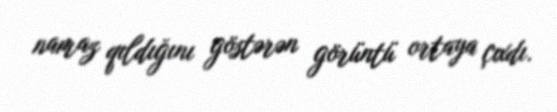
namaz qıldığını göstərən görüntü ortaya çıxdı.